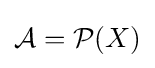
{\cal {A}}={\cal {P}}(X)